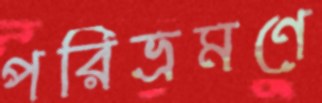
পরিভ্রমণে